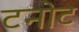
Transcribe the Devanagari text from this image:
टनोट